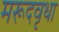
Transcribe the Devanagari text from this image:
मरूदवृधा